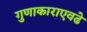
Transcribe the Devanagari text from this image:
गुणाकाराएवढे